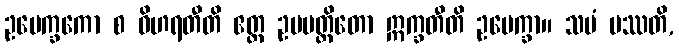
ဥပေက္ခကော စ ဝိဟရတီတိ ဧတ္ထ ဥပပတ္တိတော ဣက္ခတီတိ ဥပေက္ခာ။ သမံ ပဿတိ,